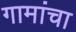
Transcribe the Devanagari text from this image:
गामांचा